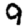
Digit: 9